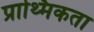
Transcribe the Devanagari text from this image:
प्राथ्मिकता